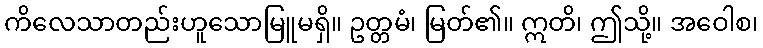
ကိလေသာတည်းဟူသောမြူမရှိ။ ဥတ္တမံ၊ မြတ်၏။ ဣတိ၊ ဤသို့။ အဝေါစ၊